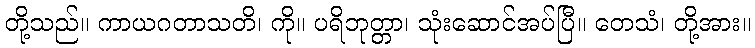
တို့သည်။ ကာယဂတာသတိ၊ ကို။ ပရိဘုတ္တာ၊ သုံးဆောင်အပ်ပြီ။ တေသံ၊ တို့အား။